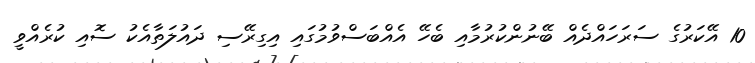
10 އޭކަރުގެ ސަރަހައްދެއް ބޭނުންކުރުމާއި ބެހޭ އެއްބަސްވުމުގައި އިގިރޭސި ދައުލަތާއެކު ސޮއި ކުރެއްވީ